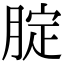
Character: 腚